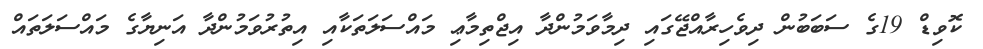
ކޮވިޑް 19ގެ ސަބަބުން ދިވެހިރާއްޖޭގައި ދިމާވަމުންދާ އިޖްތިމާޢި މައްސަލަތަކާއި އިތުރުވަމުންދާ އަނިޔާގެ މައްސަލަތައް